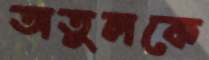
অতুলকে